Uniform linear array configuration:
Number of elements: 16
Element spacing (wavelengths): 0.25
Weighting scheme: cosine
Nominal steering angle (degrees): -30
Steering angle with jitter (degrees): -30.293
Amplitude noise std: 0.05
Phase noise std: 0.05

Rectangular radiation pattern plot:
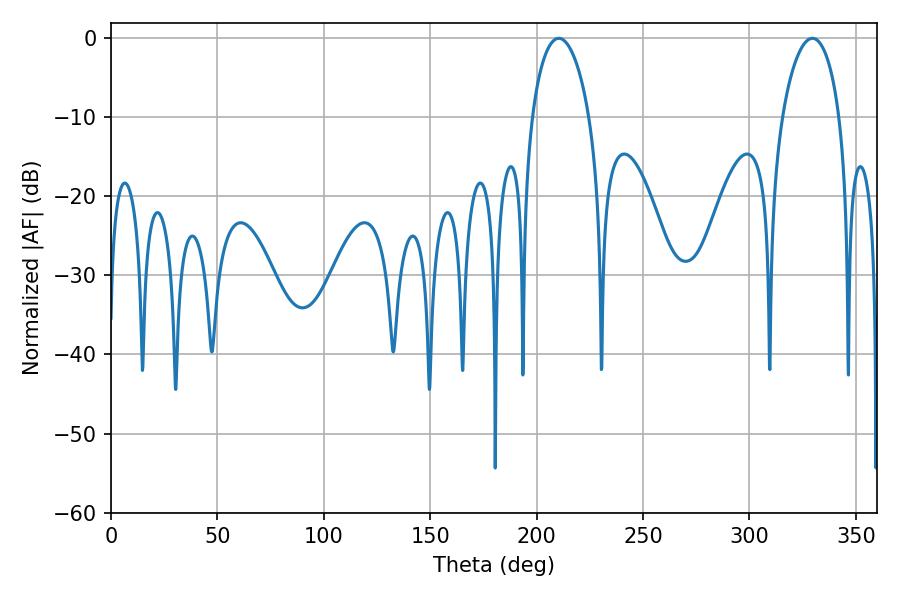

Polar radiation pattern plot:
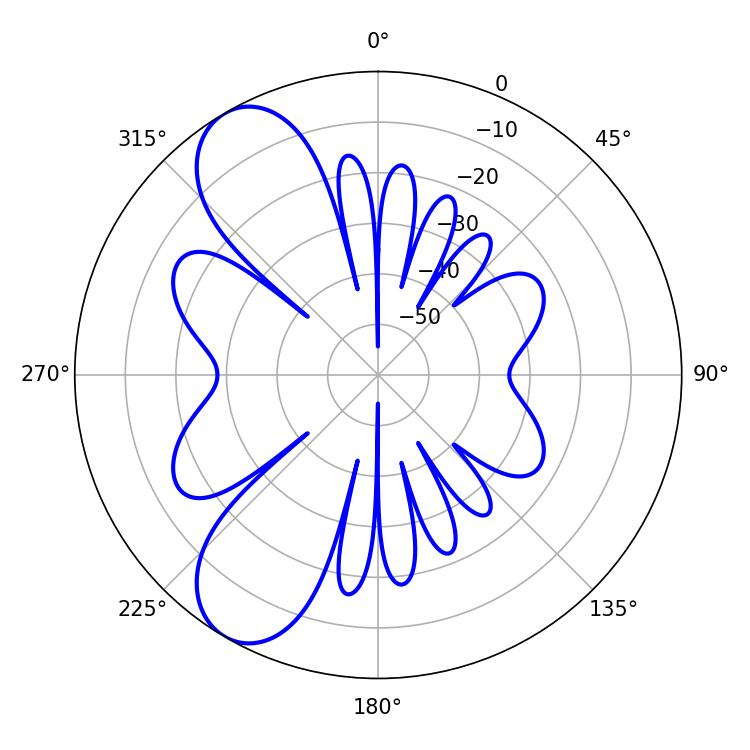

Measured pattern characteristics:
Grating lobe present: FALSE
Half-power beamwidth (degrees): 15.3
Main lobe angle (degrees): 210.42